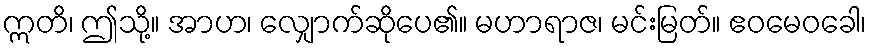
ဣတိ၊ ဤသို့။ အာဟ၊ လျှောက်ဆိုပေ၏။ မဟာရာဇ၊ မင်းမြတ်။ ဧဝမေဝခေါ၊